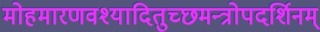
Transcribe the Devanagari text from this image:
मोहमारणवश्यादितुच्छमन्त्रोपदर्शिनम्